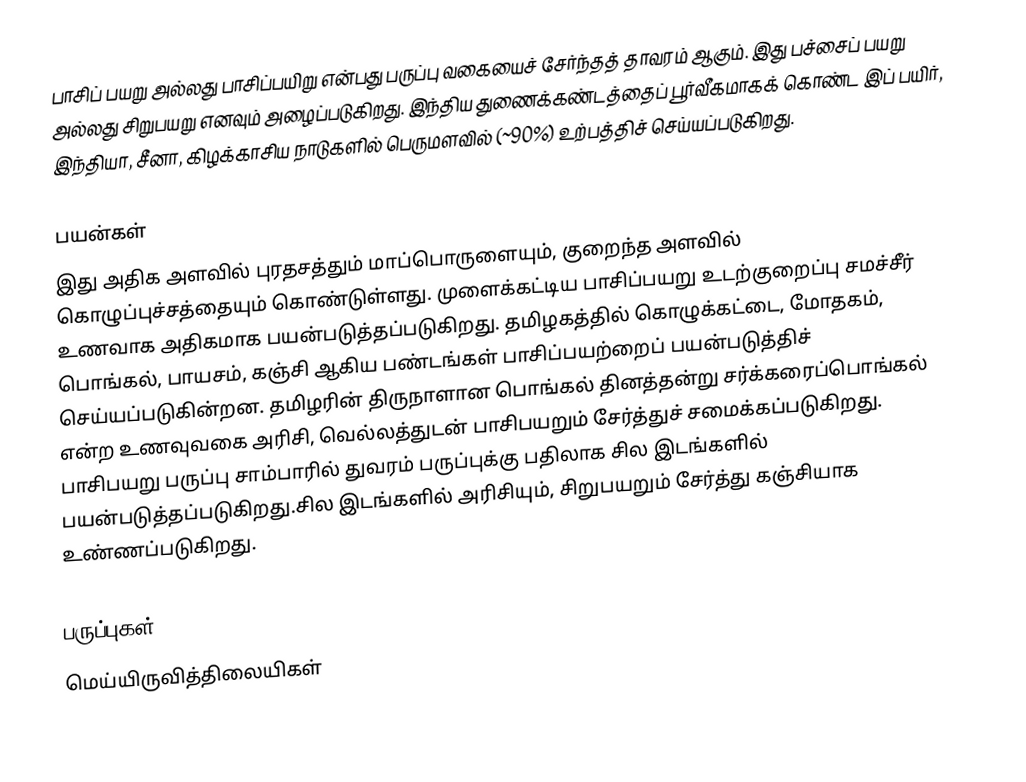
பாசிப் பயறு அல்லது பாசிப்பயிறு என்பது பருப்பு வகையைச் சேர்ந்தத் தாவரம் ஆகும். இது பச்சைப் பயறு அல்லது சிறுபயறு எனவும் அழைப்படுகிறது. இந்திய துணைக்கண்டத்தைப் பூர்வீகமாகக் கொண்ட இப் பயிர், இந்தியா, சீனா, கிழக்காசிய நாடுகளில் பெருமளவில் (~90%) உற்பத்திச் செய்யப்படுகிறது.

பயன்கள்
இது அதிக அளவில் புரதசத்தும் மாப்பொருளையும், குறைந்த அளவில் கொழுப்புச்சத்தையும் கொண்டுள்ளது. முளைக்கட்டிய பாசிப்பயறு உடற்குறைப்பு சமச்சீர் உணவாக அதிகமாக பயன்படுத்தப்படுகிறது. தமிழகத்தில் கொழுக்கட்டை, மோதகம், பொங்கல், பாயசம், கஞ்சி ஆகிய பண்டங்கள் பாசிப்பயற்றைப் பயன்படுத்திச் செய்யப்படுகின்றன. தமிழரின் திருநாளான பொங்கல் தினத்தன்று சர்க்கரைப்பொங்கல் என்ற உணவுவகை அரிசி, வெல்லத்துடன் பாசிபயறும் சேர்த்துச் சமைக்கப்படுகிறது. பாசிபயறு பருப்பு சாம்பாரில் துவரம் பருப்புக்கு பதிலாக சில இடங்களில் பயன்படுத்தப்படுகிறது.சில இடங்களில் அரிசியும், சிறுபயறும் சேர்த்து கஞ்சியாக உண்ணப்படுகிறது.

பருப்புகள்
மெய்யிருவித்திலையிகள்